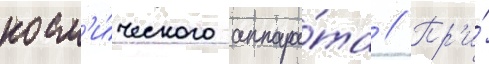
косм'и́ческого аппара́та // Пр'и́